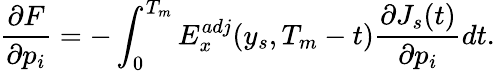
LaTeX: \frac{\partial F}{\partial p_{i}}=-\int_{0}^{T_{m}}E_{x}^{adj}(y_{s},T_{m}-t)\frac{\partial J_{s}(t)}{\partial p_{i}}dt.